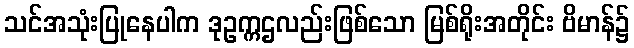
သင်အသုံးပြုနေပါက ဒုဥက္ကဌလည်းဖြစ်သော မြစ်ရိုးအတိုင်း ဗိမာန်၌